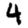
Digit: 4